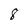
Character: 8